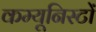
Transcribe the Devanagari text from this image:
कम्यूनिस्टों